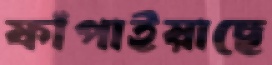
ফাঁপাইয়াছে